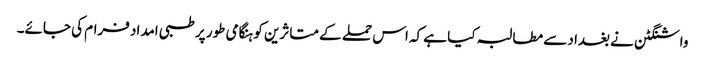
واشنگٹن نے بغداد سے مطالبہ کیا ہے کہ اس حملے کے متاثرین کو ہنگامی طور پر طبی امداد فرام کی جائے۔